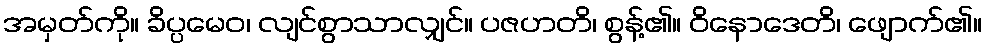
အမှတ်ကို။ ခိပ္ပမေဝ၊ လျင်စွာသာလျှင်။ ပဇဟတိ၊ စွန့်၏။ ဝိနောဒေတိ၊ ဖျောက်၏။